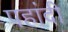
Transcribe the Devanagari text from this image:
पहांदी